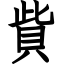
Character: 貲